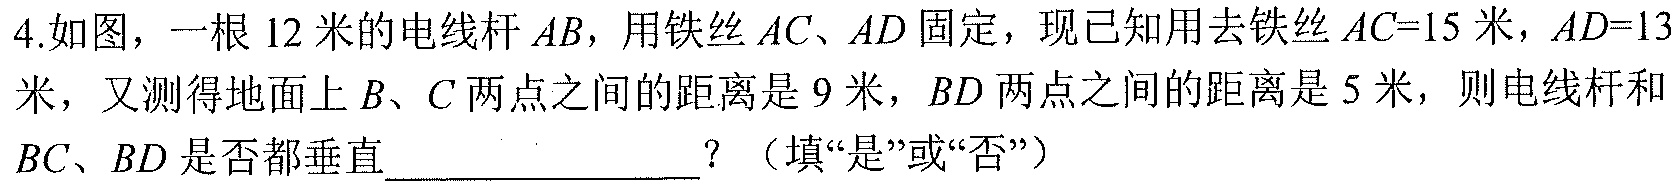
4.如图，一根\(12\)米的电线杆\(AB\)，用铁丝\(AC、AD\)固定，现已知用去铁丝\(AC = 15\)米，\(AD = 13\)米，又测得地面上\(B、C\)两点之间的距离是\(9\)米，\(BD\)两点之间的距离是\(5\)米，则电线杆和\(BC、BD\)是否都垂直  ？（填“是”或“否”）